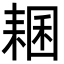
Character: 𦓾